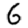
Digit: 6